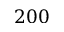
2 0 0